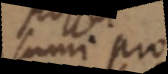
sumi pro